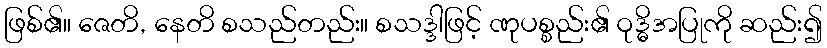
ဖြစ်၏။ ဇေတိ, နေတိ စသည်တည်း။ စသဒ္ဒါဖြင့် ဏုပစ္စည်း၏ ဝုဒ္ဓိအပြုကို ဆည်း၍